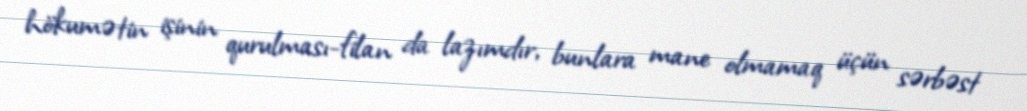
hökumətin işinin qurulması-filan da lazımdır, bunlara mane olmamaq üçün sərbəst